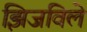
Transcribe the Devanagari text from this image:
झिजविले